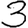
Digit: 3